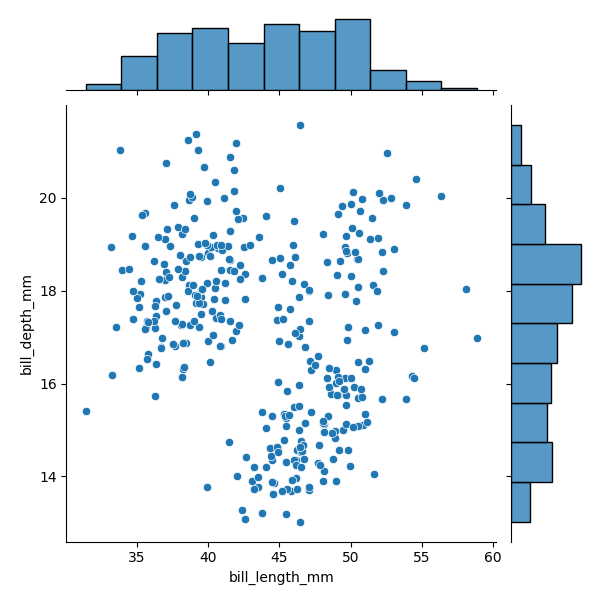
python, seaborn, JointGrid, scatterplot, histplot